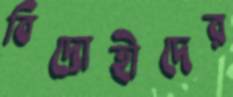
বিদ্রোহীদের